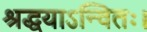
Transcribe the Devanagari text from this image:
श्रद्धयाऽन्वितः।